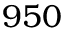
9 5 0